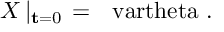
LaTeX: X \left| _ { { \bf t } = 0 } \right. = \mathrm { \boldmath ~ \ v a r t h e t a ~ } .